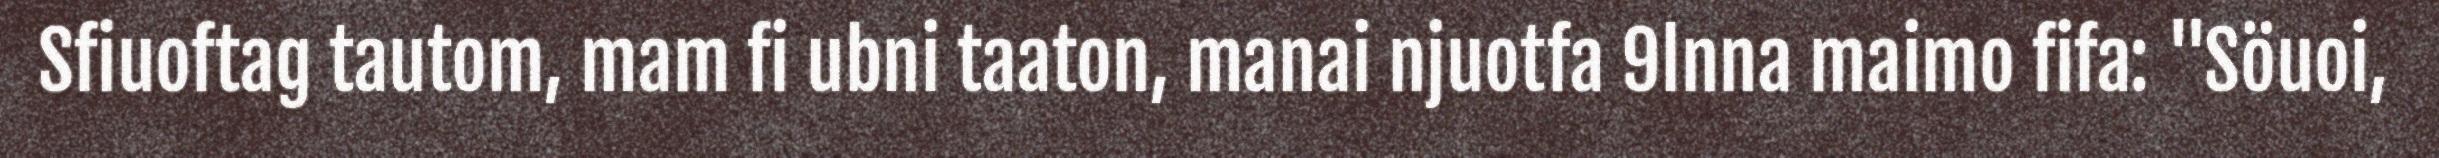
Sfiuoftag tautom, mam fi ubni taaton, manai njuotfa 9lnna maimo fifa: "Söuoi,